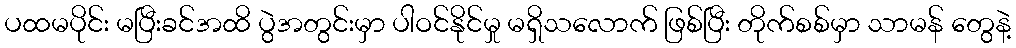
ပထမပိုင်း မပြီးခင်အထိ ပွဲအတွင်းမှာ ပါဝင်နိုင်မှု မရှိသလောက် ဖြစ်ပြီး တိုက်စစ်မှာ သာမန် တွေနဲ့